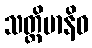
သတ္တိမာနိဓ